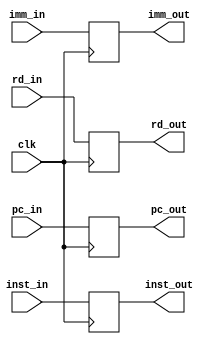
`timescale 1ns / 1ps
//////////////////////////////////////////////////////////////////////////////////
// Company: 
// Engineer: 
// 
// Design Name: 
// Module Name: ID_EXMEM
// Project Name: 
// Target Devices: 
// Tool Versions: 
// Description: 
// 
// Dependencies: 
// 
// Revision:
// Revision 0.01 - File Created
// Additional Comments:
// 
//////////////////////////////////////////////////////////////////////////////////


module IF_ID(clk, rd_in, rd_out, pc_in, pc_out, inst_in, inst_out, imm_in, imm_out);

input clk;
input [31:0] inst_in;
input [7:0] pc_in;
input [4:0] rd_in;
input [31:0] imm_in;

output reg [31:0] inst_out;
output reg [7:0] pc_out;
output reg [4:0] rd_out;
output reg [31:0] imm_out;

always@(posedge clk)
begin
    pc_out = pc_in;
    inst_out = inst_in;
    rd_out = rd_in;
    imm_out = imm_in;
end

endmodule